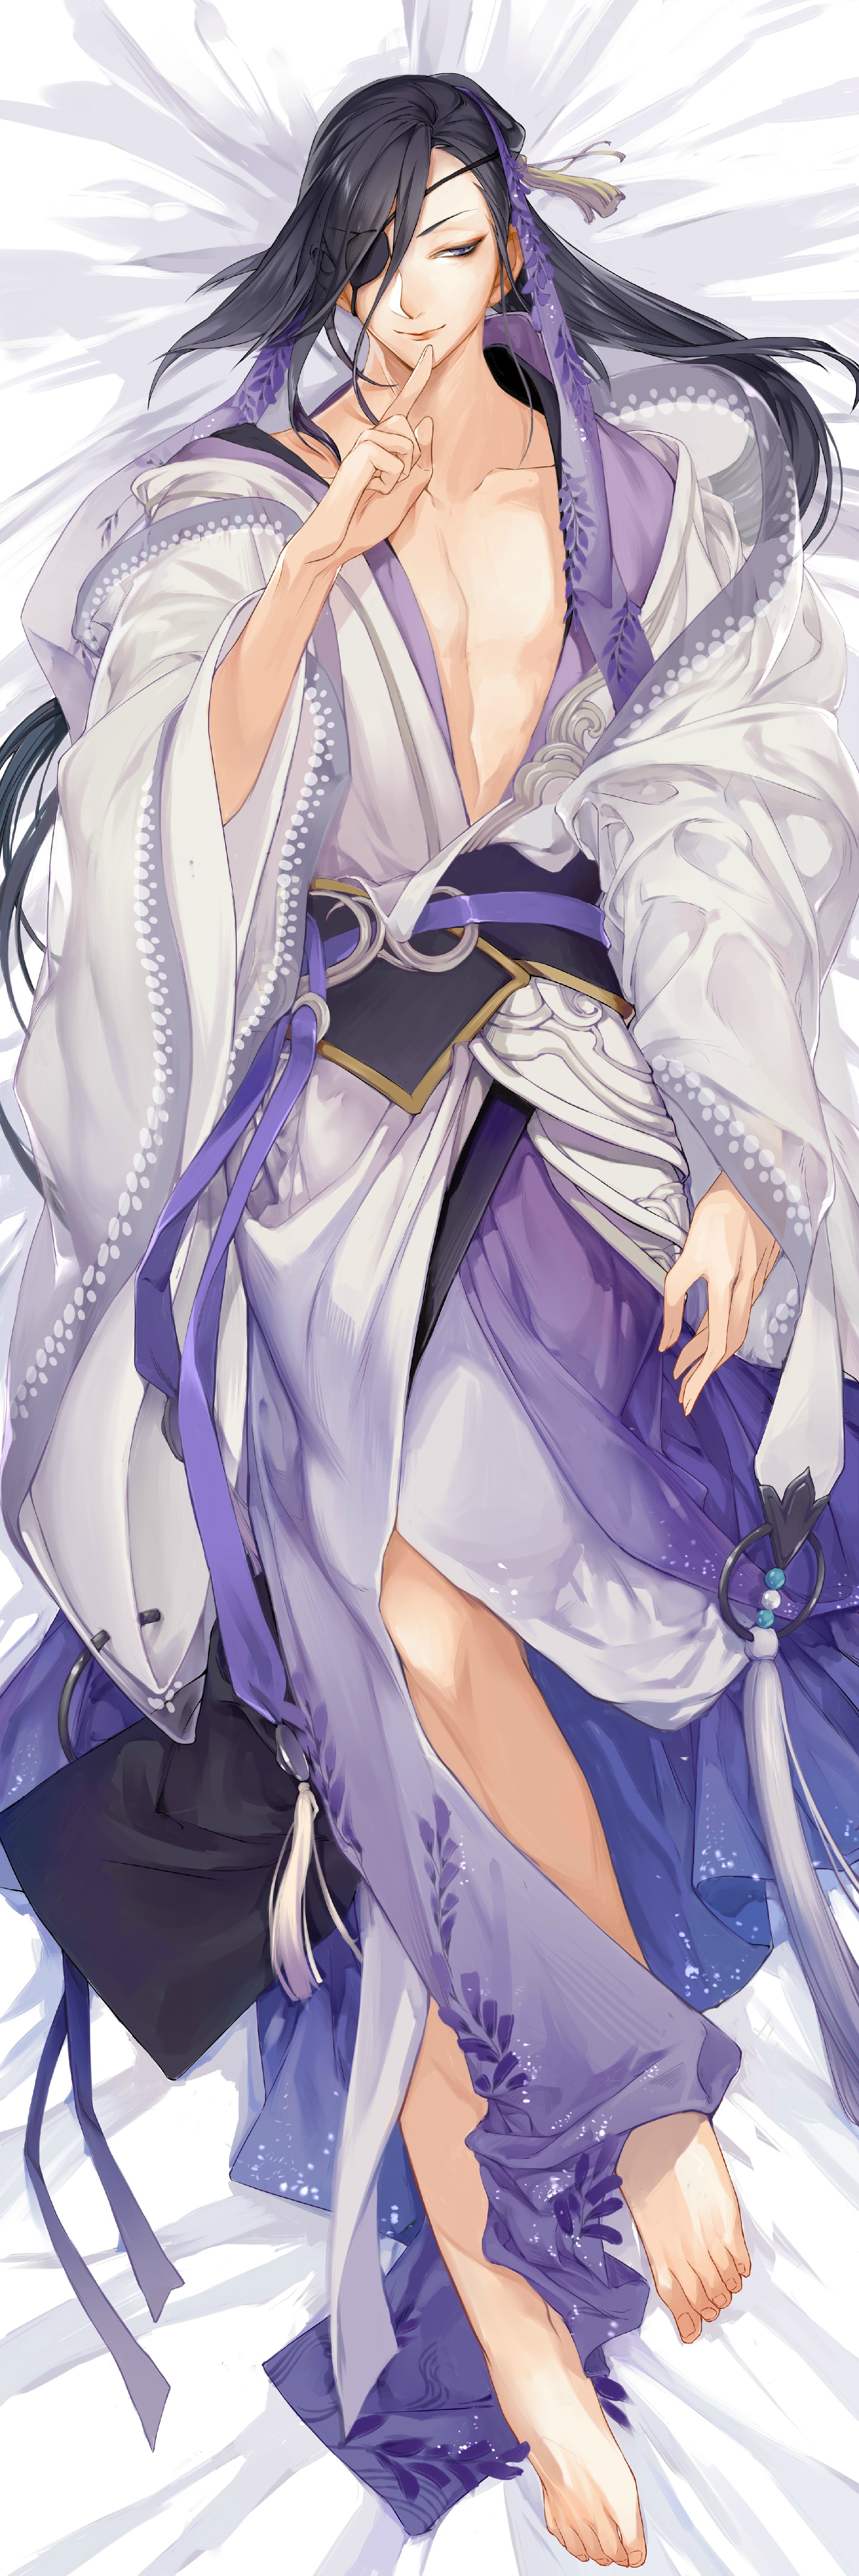
笙歌散后酒初醒，深院月斜人静。